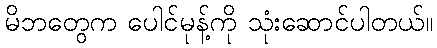
မိဘတွေက ပေါင်မုန့်ကို သုံးဆောင်ပါတယ်။